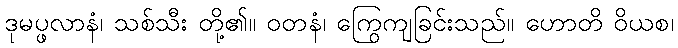
ဒုမပ္ဖလာနံ၊ သစ်သီး တို့၏။ ဝတနံ၊ ကြွေကျခြင်းသည်။ ဟောတိ ဝိယစ၊